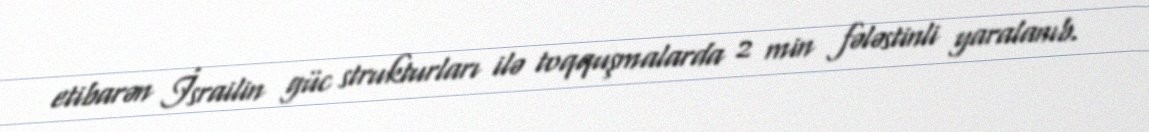
etibarən İsrailin güc strukturları ilə toqquşmalarda 2 min fələstinli yaralanıb.